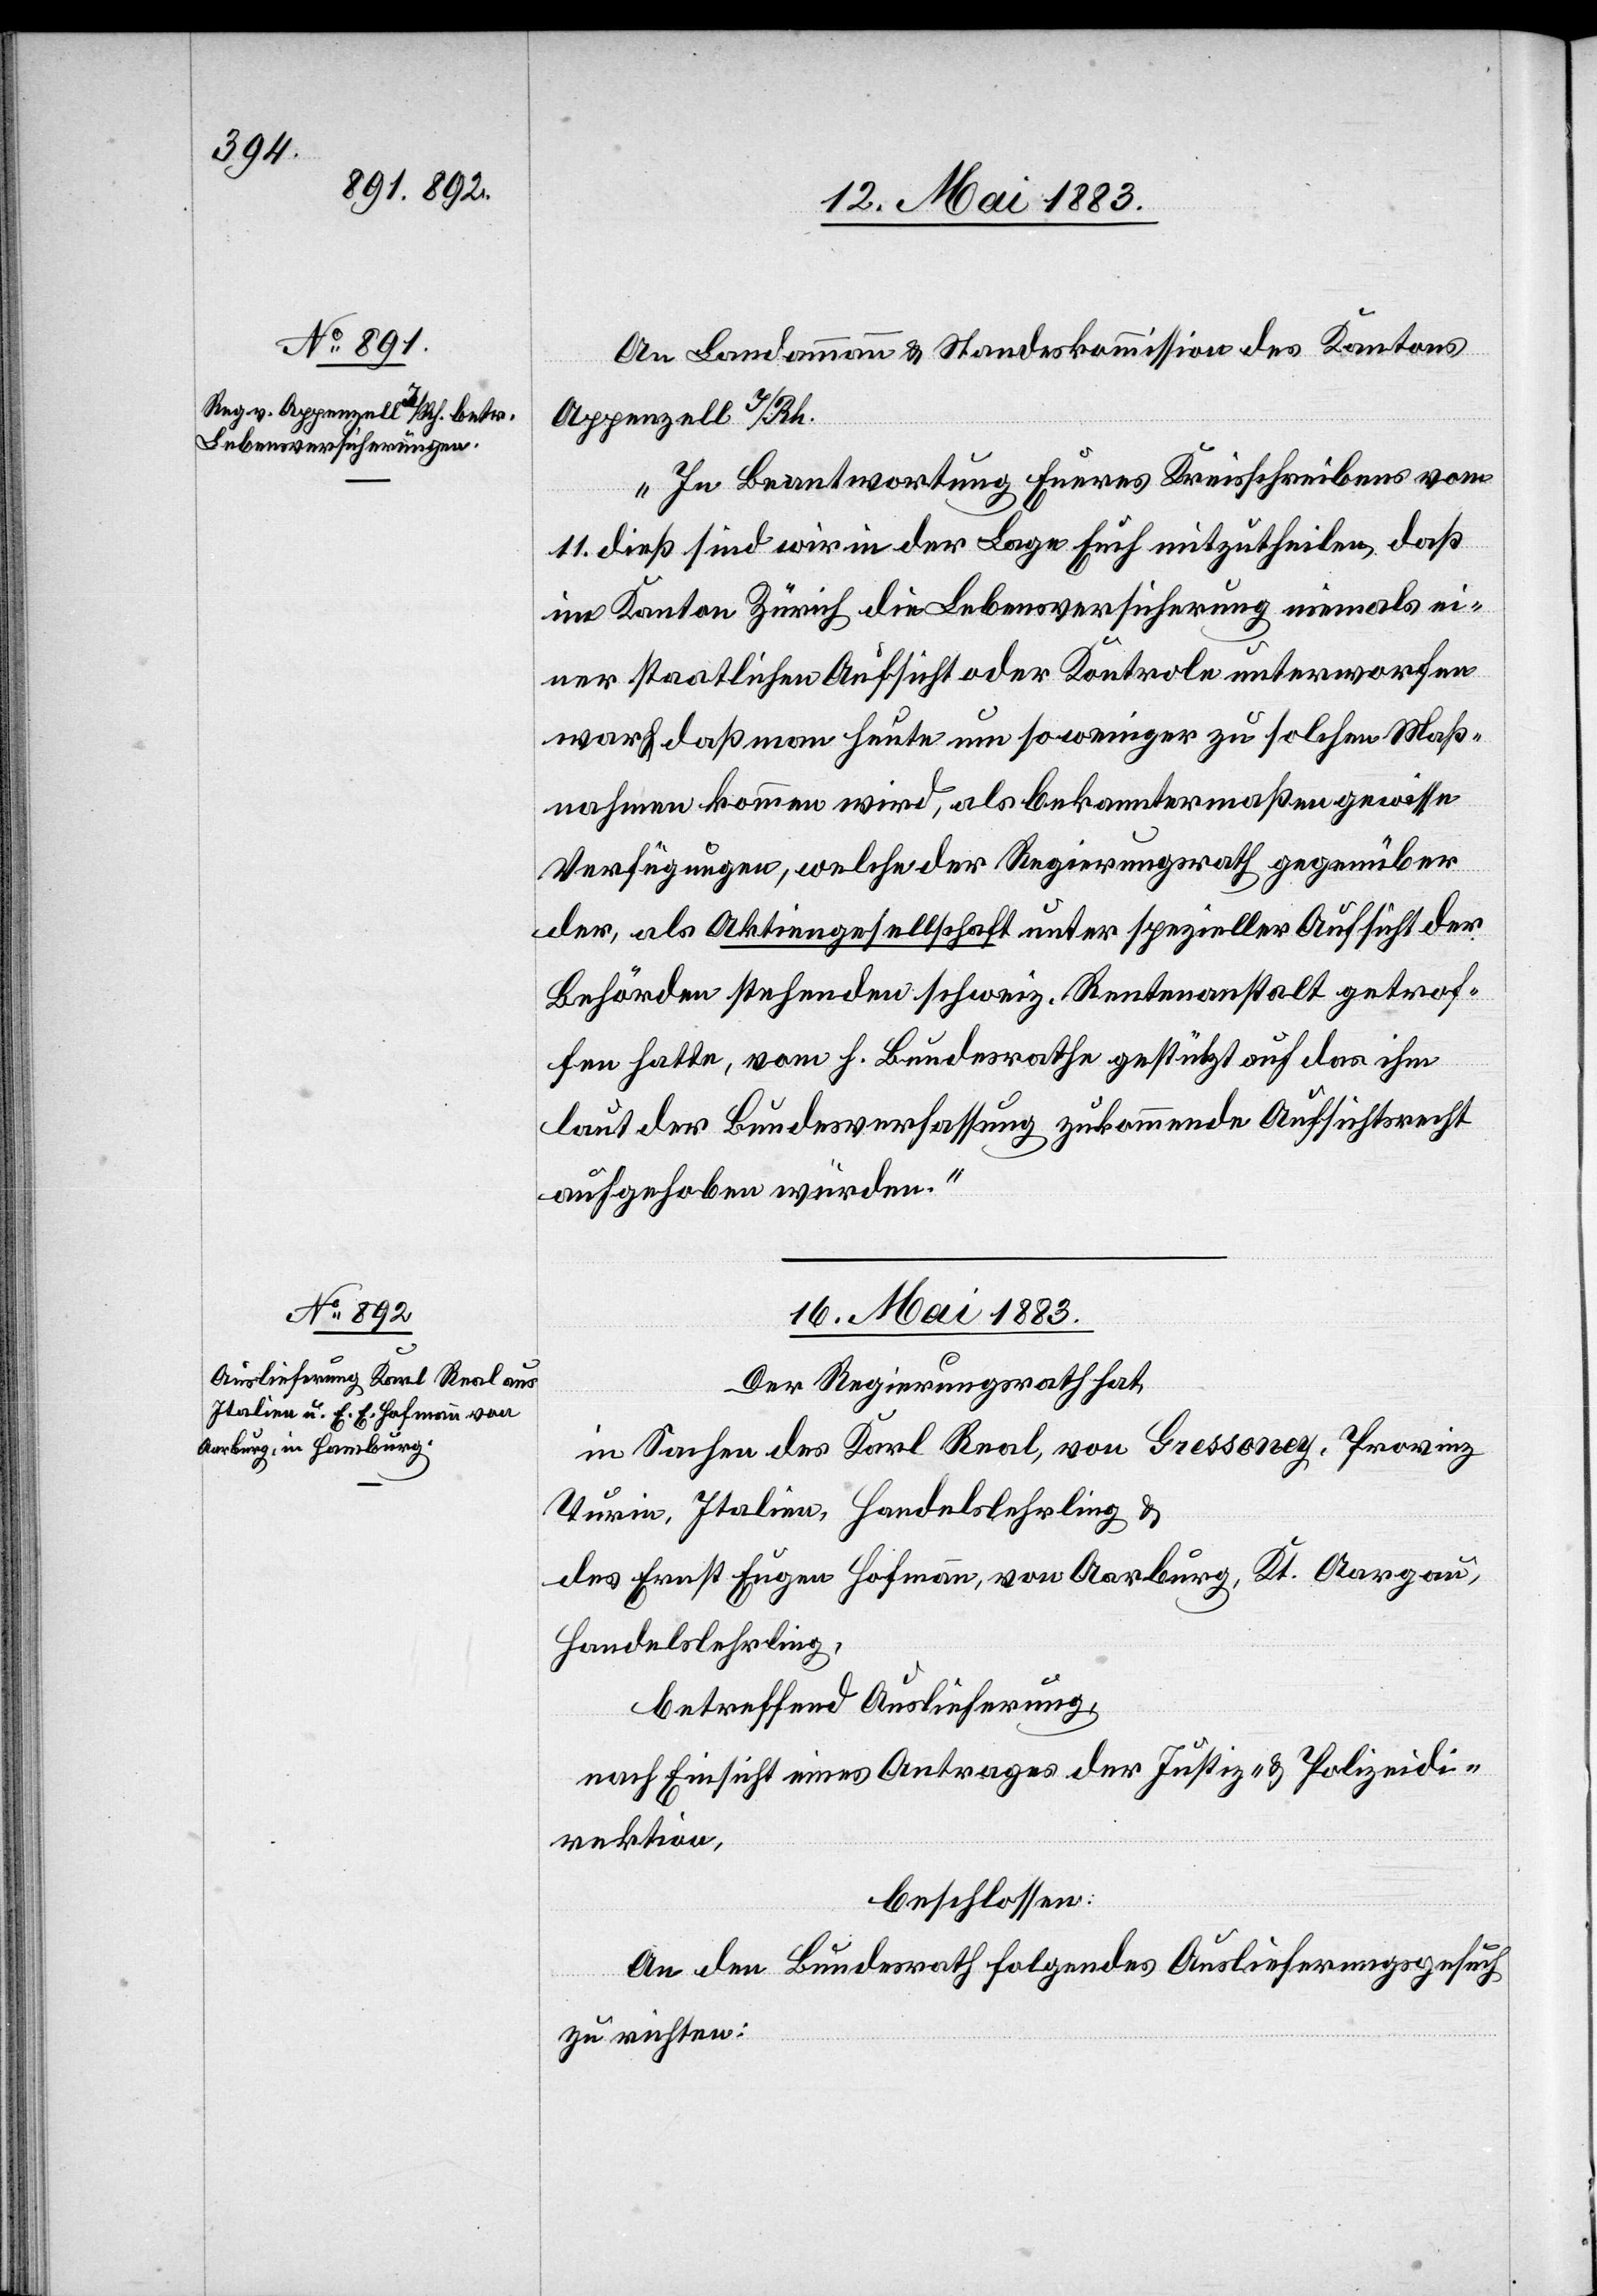
15. Mai 1883.]
An Landammann & Standeskommission des Kantons
Appenzell I/Rh.
„In Beantwortung Eueres Kreisschreibens vom
11. dieß sind wir in der Lage Euch mitzutheilen, daß
im Kanton Zürich die Lebensversicherung niemals ei¬
ner staatlichen Aufsicht oder Kontrole unterworfen
war & das man heute um so weniger zu solchen Maß¬
nahmen kommen wird, als bekanntermaßen gewisse
Verfügungen, welche der Regierungsrath gegenüber
der, als Aktiengesellschaft unter spezieller Aufsicht der
Behörden stehenden schweiz. Rentenanstalt getrof¬
fen hatte, vom h. Bundesrathe gestützt auf das ihm
laut der Bundesverfassung zukommende Aufsichtsrecht
aufgehoben würden.“
16. Mai 1883.
Der Regierungsrath hat,
in Sachen des Karl Real, von Gressoney, Provinz
Turin, Italien, Handelslehrling &
des Ernst Eugen Hofmann, von Aarburg, Kt. Aargau,
Handelslehrling,
betreffend Auslieferung,
nach Einsicht eines Antrages der Justiz- & Polizeidi¬
rektion,
beschlossen:
An den Bundesrath folgendes Auslieferungsgesuch
zu richten: